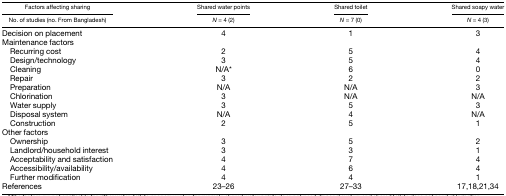
<table><thead><tr><td><b>Factors affecting sharing</b></td><td><b>Shared water points</b></td><td><b>Shared toilet</b></td><td><b>Shared soapy water</b></td></tr><tr><td><b>No. of studies (no. From Bangladesh)</b></td><td><b><i>N</i> = 4 (2)</b></td><td><b><i>N</i> = 7 (0)</b></td><td><b><i>N</i> = 4 (3)</b></td></tr></thead><tbody><tr><td>Decision on placement</td><td>4</td><td>1</td><td>3</td></tr><tr><td colspan="4">Maintenance factors</td></tr><tr><td> Recurring cost</td><td>2</td><td>5</td><td>4</td></tr><tr><td> Design/technology</td><td>3</td><td>5</td><td>4</td></tr><tr><td> Cleaning</td><td>N/A*</td><td>6</td><td>0</td></tr><tr><td> Repair</td><td>3</td><td>2</td><td>2</td></tr><tr><td> Preparation</td><td>N/A</td><td>N/A</td><td>3</td></tr><tr><td> Chlorination</td><td>3</td><td>N/A</td><td>N/A</td></tr><tr><td> Water supply</td><td>3</td><td>5</td><td>3</td></tr><tr><td> Disposal system</td><td>N/A</td><td>4</td><td>N/A</td></tr><tr><td> Construction</td><td>2</td><td>5</td><td>1</td></tr><tr><td colspan="4">Other factors</td></tr><tr><td> Ownership</td><td>3</td><td>5</td><td>2</td></tr><tr><td> Landlord/household interest</td><td>3</td><td>3</td><td>1</td></tr><tr><td> Acceptability and satisfaction</td><td>4</td><td>7</td><td>4</td></tr><tr><td> Accessibility/availability</td><td>4</td><td>6</td><td>4</td></tr><tr><td> Further modification</td><td>4</td><td>4</td><td>1</td></tr><tr><td>References</td><td>23–26</td><td>27–33</td><td>17,18,21,34</td></tr></tbody></table>